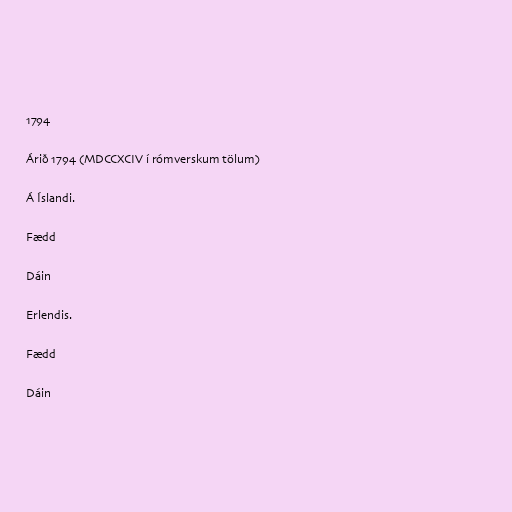
1794

Árið 1794 (MDCCXCIV í rómverskum tölum)

Á Íslandi.

Fædd

Dáin

Erlendis.

Fædd

Dáin